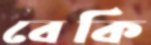
বেকি